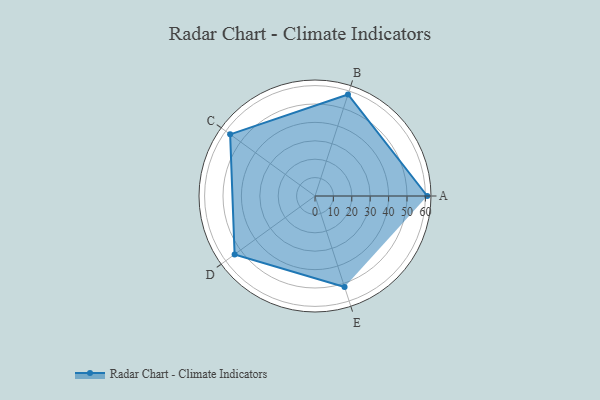
{"axis": {"x": "Skill", "y": "Score"}, "legend": ["Profile"], "data": [{"x": "A", "y": 61.0, "type": "Profile"}, {"x": "B", "y": 58.0, "type": "Profile"}, {"x": "C", "y": 57.0, "type": "Profile"}, {"x": "D", "y": 54.0, "type": "Profile"}, {"x": "E", "y": 52.0, "type": "Profile"}]}